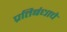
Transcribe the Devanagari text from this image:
प्रतिबंधाचे